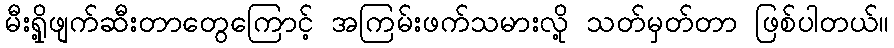
မီးရှို့ဖျက်ဆီးတာတွေကြောင့် အကြမ်းဖက်သမားလို့ သတ်မှတ်တာ ဖြစ်ပါတယ်။